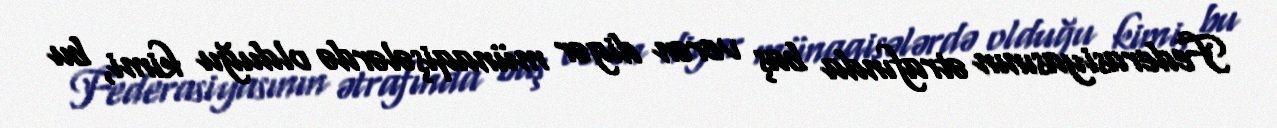
Federasiyasının ətrafında baş verən digər münaqişələrdə olduğu kimi, bu